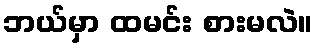
ဘယ်မှာ ထမင်း စားမလဲ။